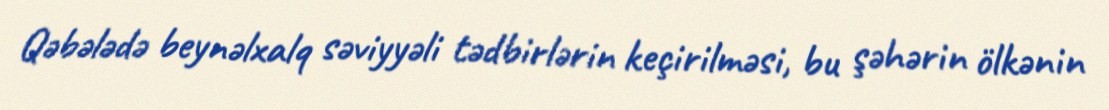
Qəbələdə beynəlxalq səviyyəli tədbirlərin keçirilməsi, bu şəhərin ölkənin